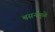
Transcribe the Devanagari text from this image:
श्वसनमुळे